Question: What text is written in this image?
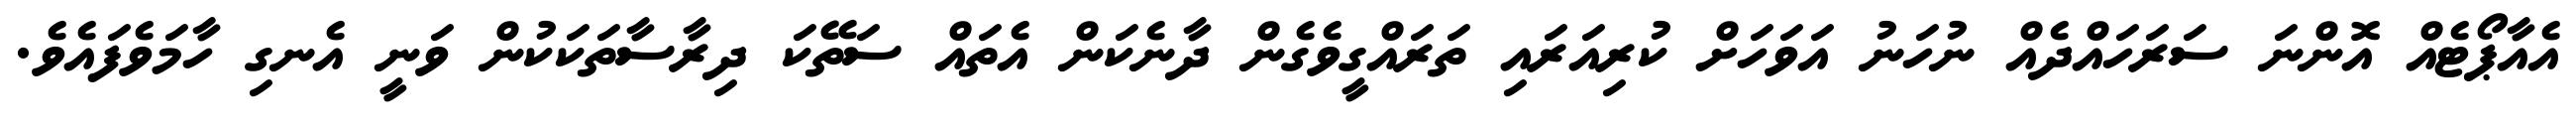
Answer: އެއާޕޯޓެއް އޮންނަ ސަރަހައްދެއް ނުހަނު އަވަހަށް ކުރިއަރައި ތަރައްގީވެގެން ދާނެކަން އެތައް ސަތޭކަ ދިރާސާތަކަކުން ވަނީ އެނގި ހާމަވެފައެވެ.